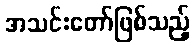
အသင်းတော်ဖြစ်သည့်